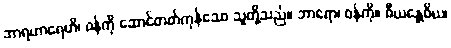
ဘာရဟာရေဟိ၊ ဝန်ကို ဆောင်တတ်ကုန်သော သူတို့သည်။ ဘာရော၊ ဝန်ကို။ ဓီယန္တေဝိယ၊